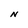
Character: N